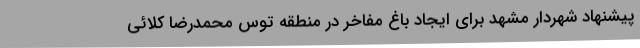
پیشنهاد شهردار مشهد برای ایجاد باغ مفاخر در منطقه توس محمدرضا کلائی